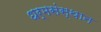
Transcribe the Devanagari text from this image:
धर्मसंस्थान